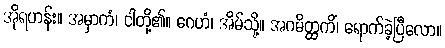
အိုရဟန်း။ အမှာကံ၊ ငါတို့၏။ ဂေဟံ၊ အိမ်သို့။ အဂမိတ္ထကိံ၊ ရောက်ခဲ့ပြီလော။